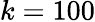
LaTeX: k=100